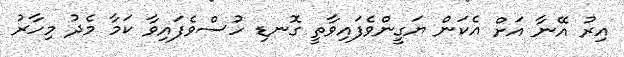
އިރު އޭނާ އަށް އެކަން ޔަގީންވެފައިވާތީ ގޮނޑި ހުސްވެފައިވާ ކަމާ މެދު މިހާރު